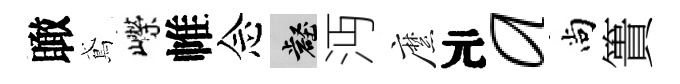
瞰鳶嶸帷念壑沔縻元a尚簣